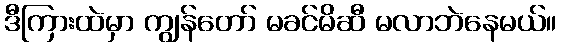
ဒီကြားထဲမှာ ကျွန်တော် မခင်မိဆီ မလာဘဲနေမယ်။